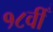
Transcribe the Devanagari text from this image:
१८वीँ